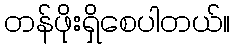
တန်ဖိုးရှိစေပါတယ်။